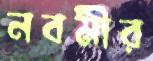
নবমীর